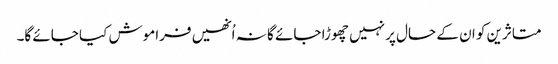
متاثرین کو ان کے حال پر نہیں چھوڑا جائے گا نہ اُنھیں فراموش کیا جائے گا۔